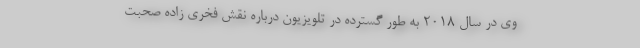
وی در سال ۲۰۱۸ به طور گسترده در تلویزیون درباره نقش فخری زاده صحبت